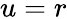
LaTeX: u=r